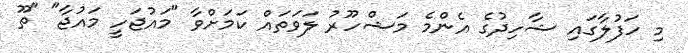
މި ހަފުލާގައި ޝާހިދުގެ އެންމެ މަޝްހޫރު ލަވަތައް ކަމަށްވާ "މައުޖަހީ މައުޖާ" "ތޫ